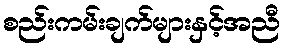
စည်းကမ်းချက်များနှင့်အညီ